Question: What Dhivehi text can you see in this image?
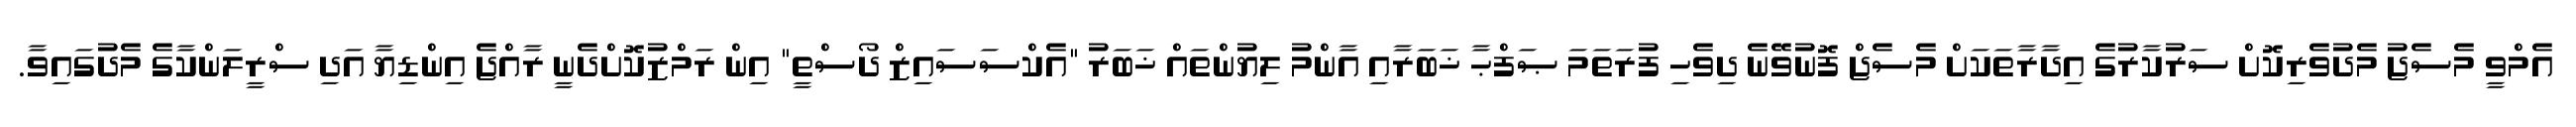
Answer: އެމްވީ މެސެޖު މެދުވެރިކޮށް ސަރުކާރުގެ އިދާރާތަކަށް މެސެޖް ފޮނުވޭނެ ދިވެހި ފުރަތަމަ ޞަފްޙާ ޚަބަރާއި އާންމު ލިޔުންތައް ޚަބަރު "އެކްސަސައިޒް ދޯސްތީ" އިން ރަމްޒުކޮށްދެނީ ރާއްޖެ އިންޑިޔާ އަދި ސްރީލަންކާގެ މެދުގައިވާ.